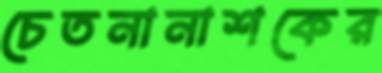
চেতনানাশকের